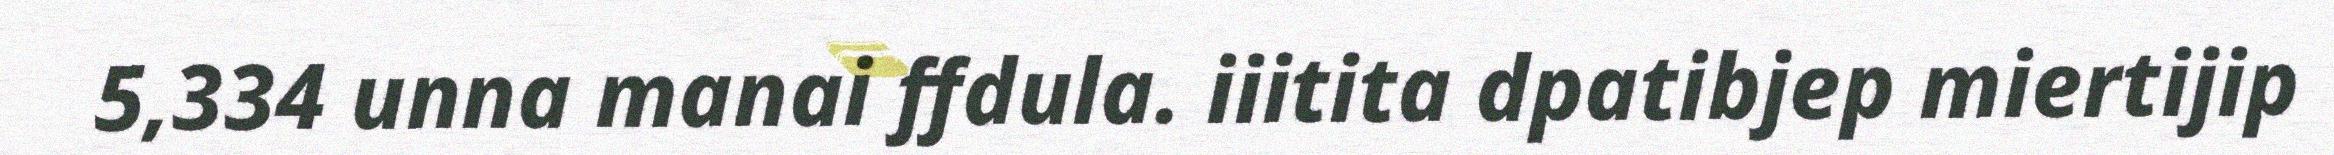
5,334 unna manai ffdula. iiitita dpatibjep miertijip